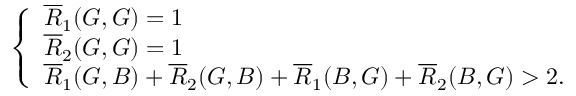
\left\{ \begin{array} { l l } { \overline { { R } } _ { 1 } ( G , G ) = 1 } \\ { \overline { { R } } _ { 2 } ( G , G ) = 1 } \\ { \overline { { R } } _ { 1 } ( G , B ) + \overline { { R } } _ { 2 } ( G , B ) + \overline { { R } } _ { 1 } ( B , G ) + \overline { { R } } _ { 2 } ( B , G ) > 2 . } \end{array} \right.